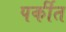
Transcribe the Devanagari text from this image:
पर्कीत